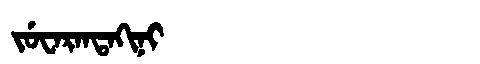
Manchu: ᠵᡠᠸᠠᡵᠠᠨᡨᠠᡴᡳᠨᡳ
Romanization: JUWARANTAKINI